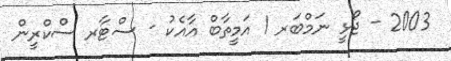
2003 - ޖޯޅީ ނަމްބަރ 1 އަމީތާބް އާއެކު - ސްޓާރ ސްކްރީން